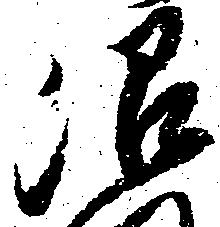
沼